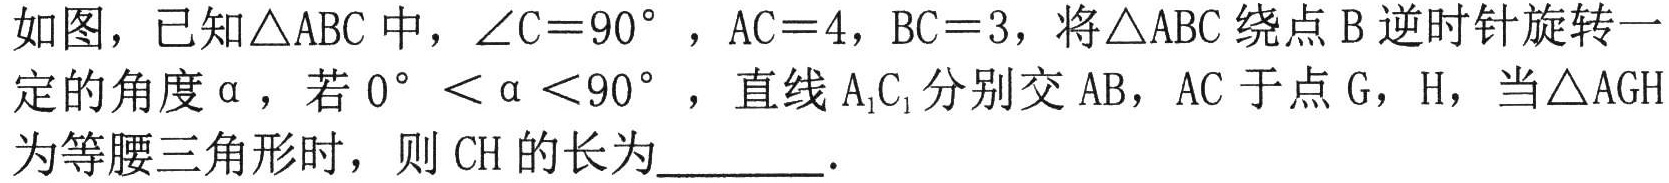
如图，已知\(\triangle ABC\)中，\(\angle C = 90^{\circ}\)，\(AC = 4\)，\(BC = 3\)，将\(\triangle ABC\)绕点\(B\)逆时针旋转一定的角度\(\alpha\)，若\(0^{\circ}<\alpha<90^{\circ}\)，直线\(A_{1}C_{1}\)分别交\(AB\)，\(AC\)于点\(G\)，\(H\)，当\(\triangle AGH\)为等腰三角形时，则\(CH\)的长为  ．